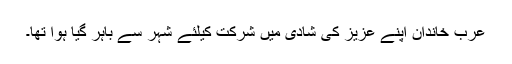
عرب خاندان اپنے عزیز کی شادی میں شرکت کیلئے شہر سے باہر گیا ہوا تھا۔